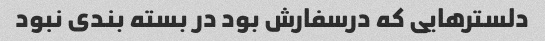
دلسترهایی که درسفارش بود در بسته بندی نبود